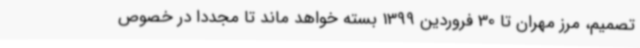
تصمیم، مرز مهران تا 30 فروردین 1399 بسته خواهد ماند تا مجددا در خصوص